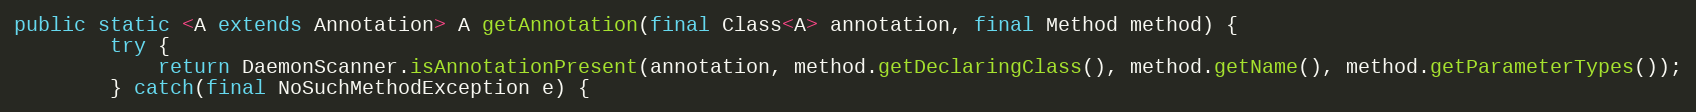
Language: Java
public static <A extends Annotation> A getAnnotation(final Class<A> annotation, final Method method) {
        try {
            return DaemonScanner.isAnnotationPresent(annotation, method.getDeclaringClass(), method.getName(), method.getParameterTypes());
        } catch(final NoSuchMethodException e) {